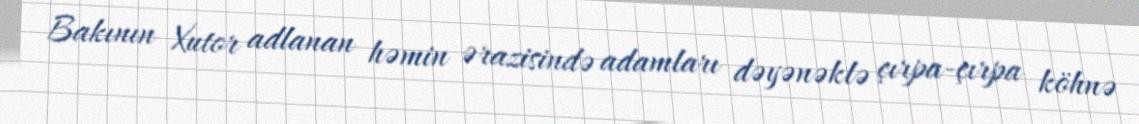
Bakının Xutor adlanan həmin ərazisində adamları dəyənəklə çırpa-çırpa köhnə